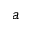
a